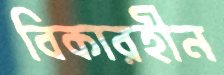
বিকারহীন